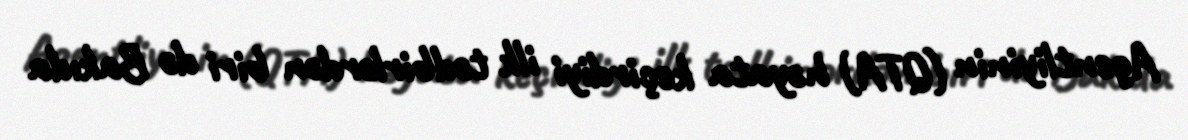
Agentliyinin (QTA) həyata keçirdiyi ilk tədbirlərdən biri də Bakıda